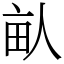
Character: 畒